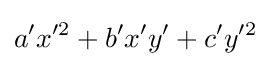
a'x'^{2}+b'x'y'+c'y'^{2}